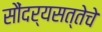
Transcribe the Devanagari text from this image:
सौंदर्यसत्तेचे